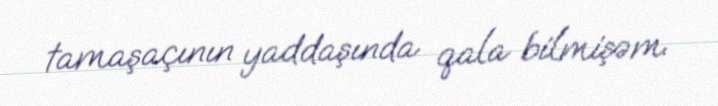
tamaşaçının yaddaşında qala bilmişəm.